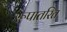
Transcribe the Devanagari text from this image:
रूपातरित